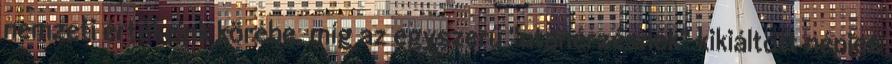
nemzeti értékeink körébe, míg az egyszerű "utánérzésnek" kikiáltott népies